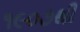
૧૯૦૭થી